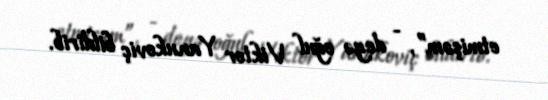
etmişəm”, - deyə oğul Viktor Yanukoviç bildirib.